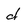
Character: d